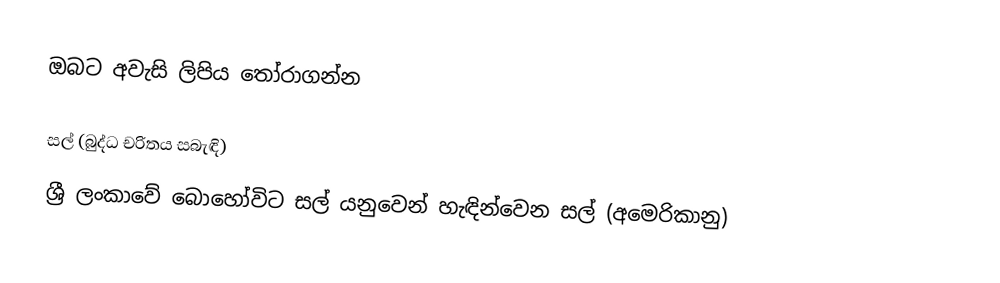
ඔබට අවැසි ලිපිය තෝරාගන්න

 සල් (බුද්ධ චරිතය සබැඳි)
 ශ්‍රී ලංකාවේ බොහෝවිට සල් යනුවෙන් හැඳින්වෙන සල් (අමෙරිකානු)